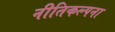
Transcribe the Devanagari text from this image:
नीतिकल्पना